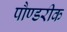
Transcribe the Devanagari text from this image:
पौण्डरीक